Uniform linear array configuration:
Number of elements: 48
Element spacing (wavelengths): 0.75
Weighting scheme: exponential
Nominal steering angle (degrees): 0
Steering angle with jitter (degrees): -0.2862
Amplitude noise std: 0.05
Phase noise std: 0.05

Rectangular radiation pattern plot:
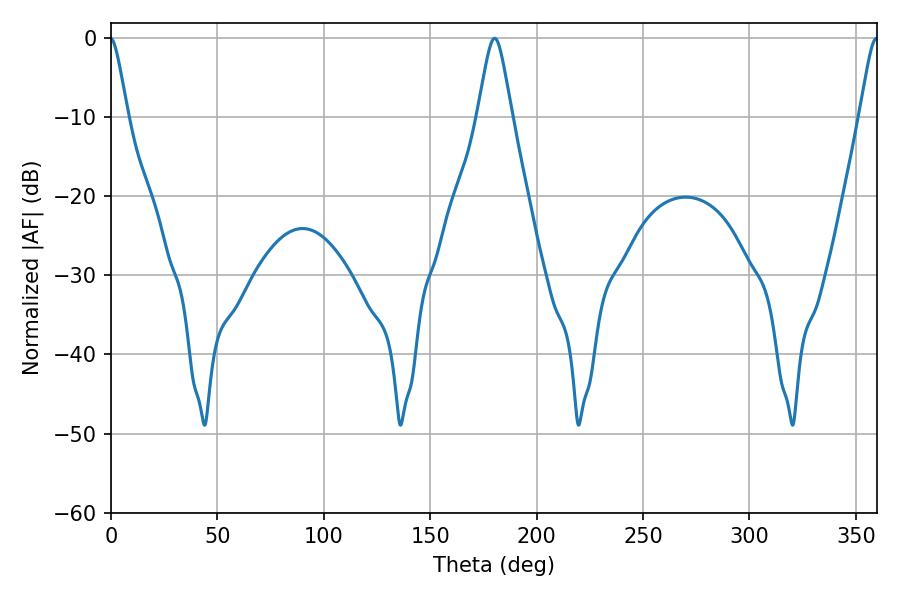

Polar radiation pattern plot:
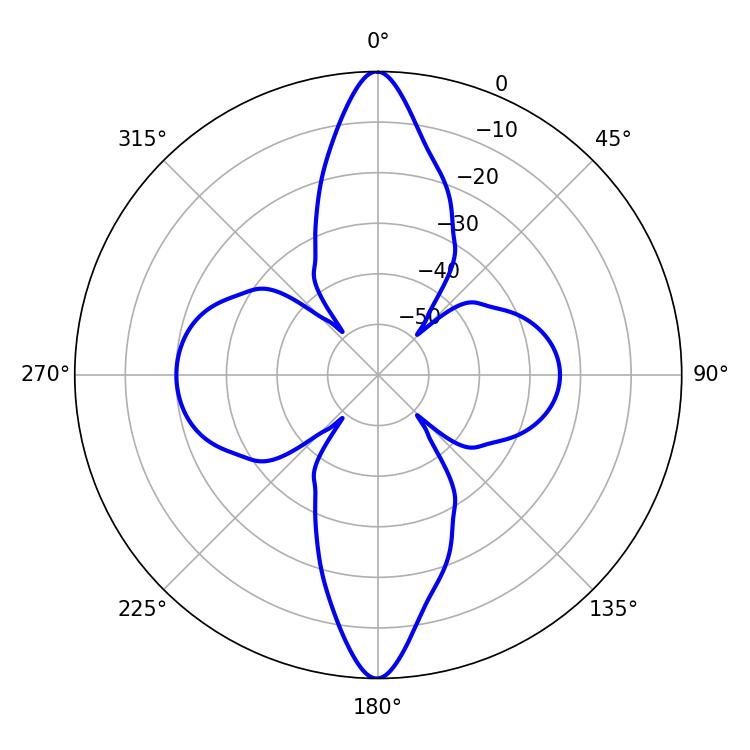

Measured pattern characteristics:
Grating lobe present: TRUE
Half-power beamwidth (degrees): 7.74
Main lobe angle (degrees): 180.36